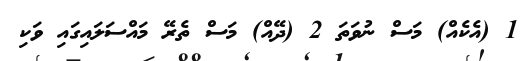
1 (އެކެއް) މަސް ނުވަތަ 2 (ދޭއް) މަސް ތެރޭ މައްސަލައިގައި ވަކި